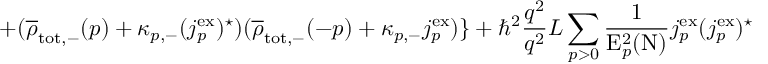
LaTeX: + ( \overline { { { \rho } } } _ { \mathrm { t o t , - } } ( p ) + { \kappa } _ { p , - } ( j _ { p } ^ { \mathrm { e x } } ) ^ { \star } ) ( \overline { { { \rho } } } _ { \mathrm { t o t , - } } ( - p ) + { \kappa } _ { p , - } { j _ { p } ^ { \mathrm { e x } } } ) \} + { \hbar } ^ { 2 } \frac { q ^ { 2 } } { q ^ { 2 } } { L } \sum _ { p > 0 } \frac { 1 } { \mathrm { E } _ { p } ^ { 2 } ( \mathrm { N } ) } j _ { p } ^ { \mathrm { e x } } ( j _ { p } ^ { \mathrm { e x } } ) ^ { \star }